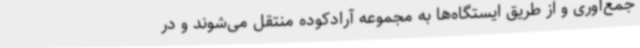
جمع‌آوری و از طریق ایستگاه‌ها به مجموعه آرادکوده منتقل می‌شوند و در